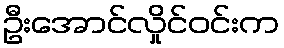
ဦးအောင်လှိုင်ဝင်းက